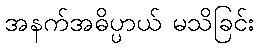
အနက်အဓိပ္ပာယ် မသိခြင်း